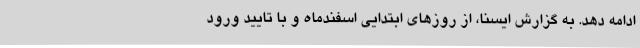
ادامه دهد. به گزارش ایسنا، از روزهای ابتدایی اسفندماه و با تایید ورود